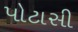
પોટાસી